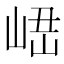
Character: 𡸆